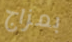
بمزاج